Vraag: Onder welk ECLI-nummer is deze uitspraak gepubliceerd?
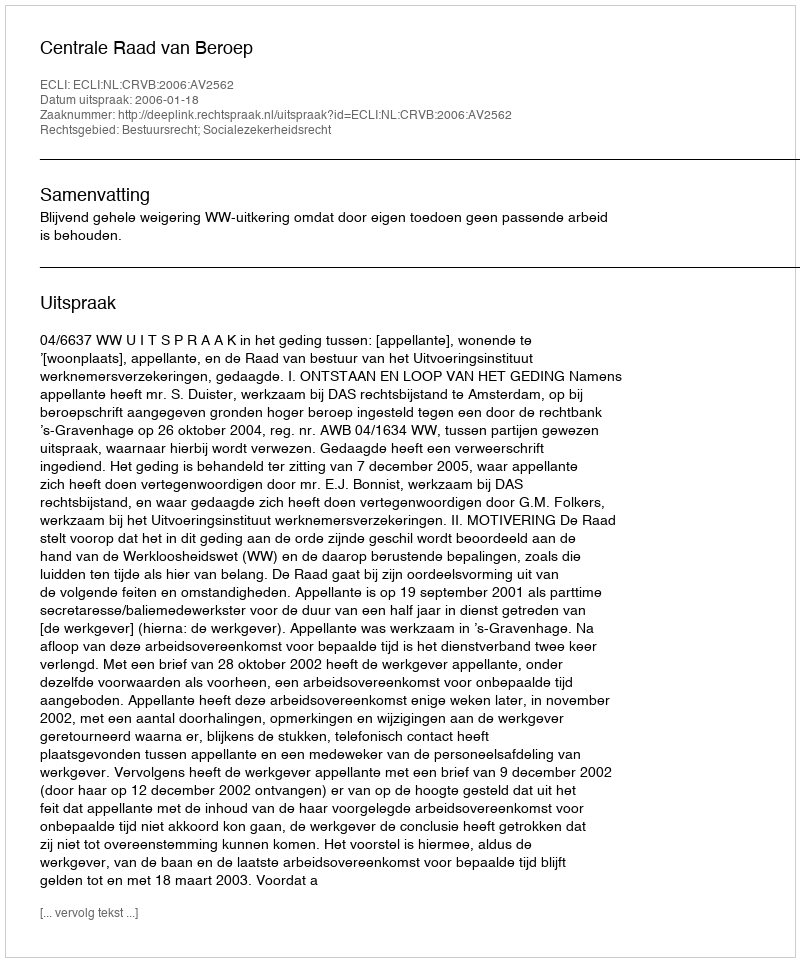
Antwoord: ECLI:NL:CRVB:2006:AV2562